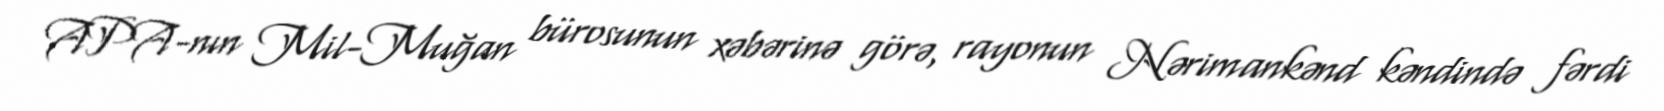
APA-nın Mil-Muğan bürosunun xəbərinə görə, rayonun Nərimankənd kəndində fərdi